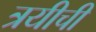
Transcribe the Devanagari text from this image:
त्रयीची